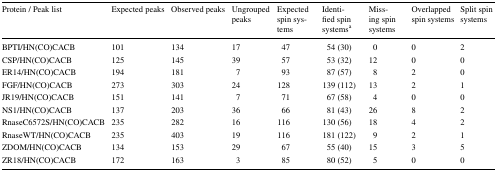
| Protein / Peak list | Expected peaks | Observed peaks | Ungrouped peaks | Expected spin systems | Identified spin systemsa | Missing spin systems | Overlapped spin systems | Split spin systems |
 | --- | --- | --- | --- | --- | --- | --- | --- | --- |
 | BPTI/HN(CO)CACB | 101 | 134 | 17 | 47 | 54 (30) | 0 | 0 | 2 |
 | CSP/HN(CO)CACB | 125 | 145 | 39 | 57 | 53 (32) | 12 | 0 | 0 |
 | ER14/HN(CO)CACB | 194 | 181 | 7 | 93 | 87 (57) | 8 | 2 | 0 |
 | FGF/HN(CO)CACB | 273 | 303 | 24 | 128 | 139 (112) | 13 | 2 | 1 |
 | JR19/HN(CO)CACB | 151 | 141 | 7 | 71 | 67 (58) | 4 | 0 | 0 |
 | NS1/HN(CO)CACB | 137 | 203 | 36 | 66 | 81 (43) | 26 | 8 | 2 |
 | RnaseC6572S/HN(CO)CACB | 235 | 282 | 16 | 116 | 130 (56) | 18 | 4 | 2 |
 | RnaseWT/HN(CO)CACB | 235 | 403 | 19 | 116 | 181 (122) | 9 | 2 | 1 |
 | ZDOM/HN(CO)CACB | 134 | 153 | 29 | 67 | 55 (40) | 15 | 3 | 5 |
 | ZR18/HN(CO)CACB | 172 | 163 | 3 | 85 | 80 (52) | 5 | 0 | 0 |